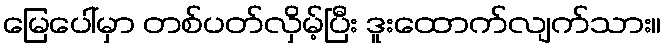
မြေပေါ်မှာ တစ်ပတ်လှိမ့်ပြီး ဒူးထောက်လျက်သား။